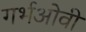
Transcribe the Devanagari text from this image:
गर्भओवी